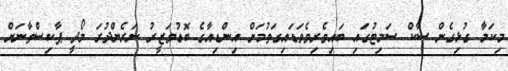
މިކަމާ ގުޅިގެން ސާކް ސަމިޓުގައި ބައިވެރިވެވަޑައިގަތުމަށް އިންޑިއާގެ ބޮޑުވަޒީރު ނަރެންދުރަ މޯދީ ޕާކިސްތާނަށް